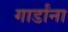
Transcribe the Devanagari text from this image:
गार्डांना